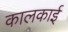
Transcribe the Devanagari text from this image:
कालकाई